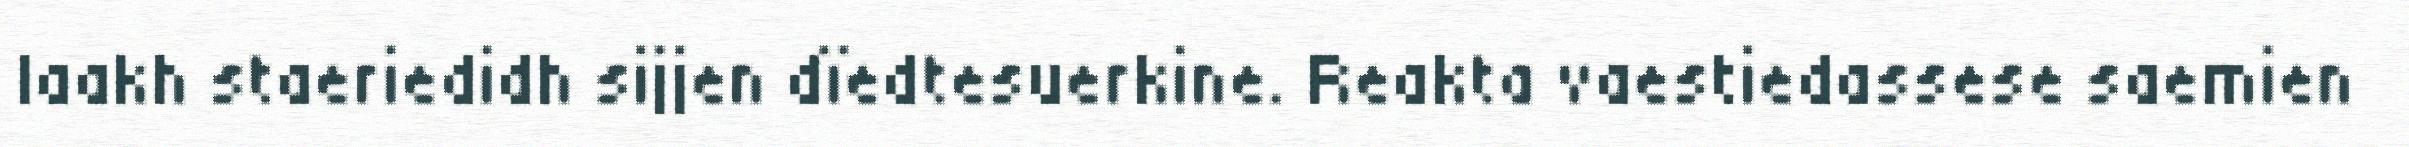
laakh staeriedidh sijjen dïedtesuerkine. Reakta vaestiedassese saemien